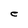
Character: e